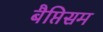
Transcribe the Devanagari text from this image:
बैप्तिसम